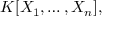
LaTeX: K [ X _ { 1 } , \dots , X _ { n } ] ,